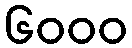
၆၀၀၀